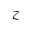
\mathcal { Z }